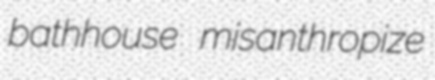
bathhouse misanthropize